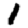
Digit: 1